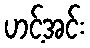
ဟင့်အင်း